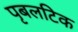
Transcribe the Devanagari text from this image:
पृबलटिक